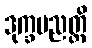
ဒုက္ခပညတ္တိ